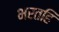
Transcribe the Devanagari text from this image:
भरतहि